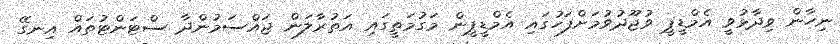
ނިހާން ވިދާޅުވީ އެމްޑީޕީ ވުޖޫދުވުމަށްފަހުގައި އެމްޑީޕީން މަގުމަތީގައި އަތުރާލަން ޖައްސަމުންދާ ސްޓަންޓުތައް އިނގޭ